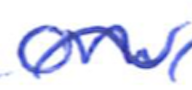
Text: on
Cross-out: mix
Writing tool: ballpoint